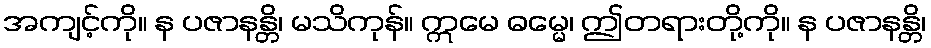
အကျင့်ကို။ န ပဇာနန္တိ၊ မသိကုန်။ ဣမေ ဓမ္မေ၊ ဤတရားတို့ကို။ န ပဇာနန္တိ၊